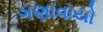
ગણાવાયો